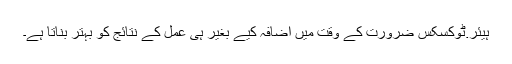
ہیئر.ٹوکسکس ضرورت کے وقت میں اضافہ کیے بغیر ہی عمل کے نتائج کو بہتر بناتا ہے۔